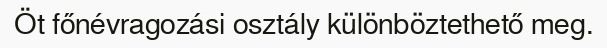
Öt főnévragozási osztály különböztethető meg.